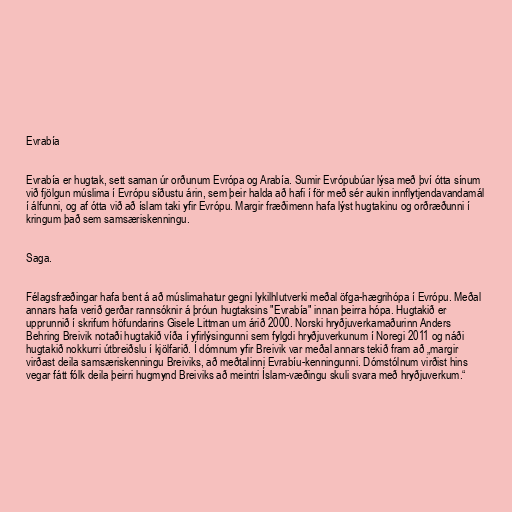
Evrabía

Evrabía er hugtak, sett saman úr orðunum Evrópa og Arabía. Sumir Evrópubúar lýsa með því ótta sínum
við fjölgun múslima í Evrópu síðustu árin, sem þeir halda að hafi í för með sér aukin innflytjendavandamál
í álfunni, og af ótta við að íslam taki yfir Evrópu. Margir fræðimenn hafa lýst hugtakinu og orðræðunni í
kringum það sem samsæriskenningu.

Saga.

Félagsfræðingar hafa bent á að múslimahatur gegni lykilhlutverki meðal öfga-hægrihópa í Evrópu. Meðal
annars hafa verið gerðar rannsóknir á þróun hugtaksins "Evrabía" innan þeirra hópa. Hugtakið er
upprunnið í skrifum höfundarins Gisele Littman um árið 2000. Norski hryðjuverkamaðurinn Anders
Behring Breivik notaði hugtakið víða í yfirlýsingunni sem fylgdi hryðjuverkunum í Noregi 2011 og náði
hugtakið nokkurri útbreiðslu í kjölfarið. Í dómnum yfir Breivik var meðal annars tekið fram að „margir
virðast deila samsæriskenningu Breiviks, að meðtalinni Evrabíu-kenningunni. Dómstólnum virðist hins
vegar fátt fólk deila þeirri hugmynd Breiviks að meintri Íslam-væðingu skuli svara með hryðjuverkum.“